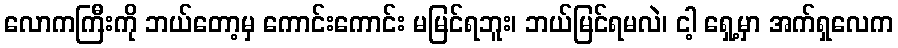
လောကကြီးကို ဘယ်တော့မှ ကောင်းကောင်း မမြင်ရဘူး၊ ဘယ်မြင်ရမလဲ၊ ငါ့ ရှေ့မှာ အက်ရှလေက